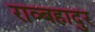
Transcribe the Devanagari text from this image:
राव्बहादुर